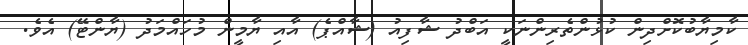
ކާމިޔާބުކޮށްދިން ކުޅުންތެރިންނަކީ އަބްދު ޝާފިއު (ޝާއްޕެ) އާއި ޔާމީން މުހައްމަދު (ޔާންޓޭ) އެވެ.